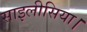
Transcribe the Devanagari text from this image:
साइलीसिया।